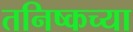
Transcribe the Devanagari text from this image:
तनिष्कच्या